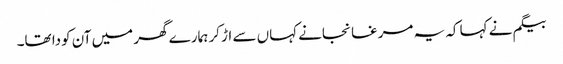
بیگم نے کہا کہ یہ مرغا نجانے کہاں سے اڑ کر ہمارے گھر میں آن کودا تھا۔